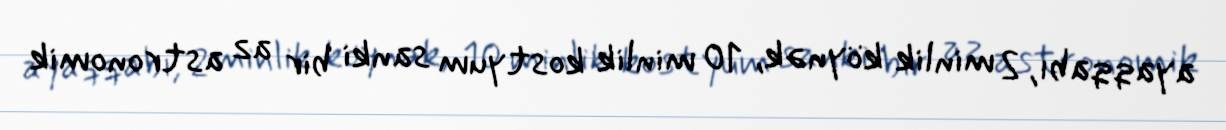
ayaqqabı, 2 minlik köynək, 10 minlik kostyum sanki bir az astronomik